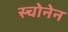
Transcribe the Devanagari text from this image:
स्चोनेन